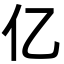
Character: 亿